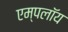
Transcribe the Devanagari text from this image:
एम्पलॉय